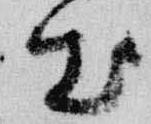
出